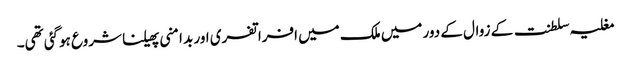
مغلیہ سلطنت کے زوال کے دور میں ملک میں افراتفری اور بد امنی پھیلنا شروع ہوگئی تھی۔